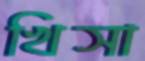
খিসা